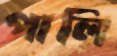
পালি